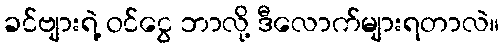
ခင်ဗျားရဲ့ ဝင်ငွေ ဘာလို့ ဒီလောက်များရတာလဲ။